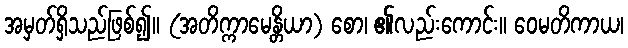
အမှတ်ရှိသည်ဖြစ်၍။ (အတိက္ကာမေန္တိယာ) စော၊ ၏လည်းကောင်း။ ဝေမတိကာယ၊